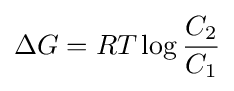
\Delta G=RT\log {\frac {C_{2}}{C_{1}}}